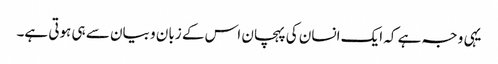
یہی وجہ ہے کہ ایک انسان کی پہچان اس کے زبان و بیان سے ہی ہوتی ہے۔